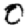
Digit: 0